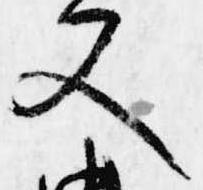
又